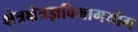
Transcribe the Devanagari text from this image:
क्षेत्रक्षेत्रज्ञविभागयोग